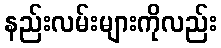
နည်းလမ်းများကိုလည်း